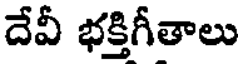
దేవీ భక్తిగీతాలు